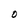
Character: 0